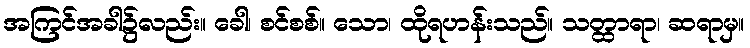
အကြင်အခါ၌လည်း။ ခေါ၊ စင်စစ်။ သော၊ ထိုရဟန်းသည်။ သတ္ထာရာ၊ ဆရာမှ။